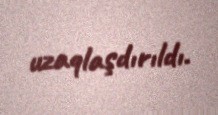
uzaqlaşdırıldı.